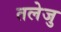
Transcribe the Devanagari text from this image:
तलेजु